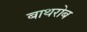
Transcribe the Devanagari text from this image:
बाथरोब